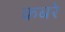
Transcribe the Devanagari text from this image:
कबरे